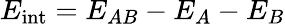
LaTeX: E_{\mathrm{int}}=E_{AB}-E_{A}-E_{B}